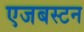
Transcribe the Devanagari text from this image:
एजबस्टन